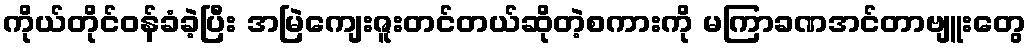
ကိုယ်တိုင်ဝန်ခံခဲ့ပြီး အမြဲကျေးဇူးတင်တယ်ဆိုတဲ့စကားကို မကြာခဏအင်တာဗျူးတွေ